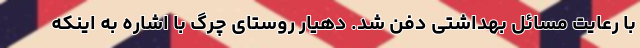
با رعایت مسائل بهداشتی دفن شد. دهیار روستای چرگ با اشاره به اینکه